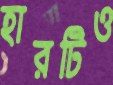
হারটিও